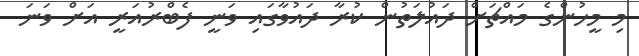
މި މީހުންގެ މައްޗަށް ދައުލަތުން ކުރާ ދައުވާގައި ވަނީ ފެބްރުއަރީ އަށް ވަނަ